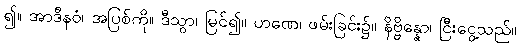
၍။ အာဒီနဝံ၊ အပြစ်ကို။ ဒီသွာ၊ မြင်၍။ ဟဏေ၊ ဖမ်းခြင်း၌။ နိဗ္ဗိန္နော၊ ငြီးငွေ့သည်။